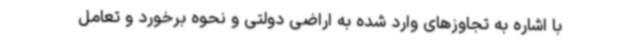
با اشاره به تجاوزهای وارد شده به اراضی دولتی و نحوه برخورد و تعامل